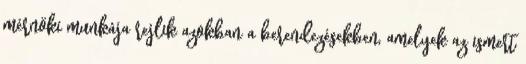
mérnöki munkája rejlik azokban a berendezésekben, amelyek az ismert